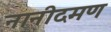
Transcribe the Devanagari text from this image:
नानीदमण